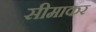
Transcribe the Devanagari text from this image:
सीमाकर